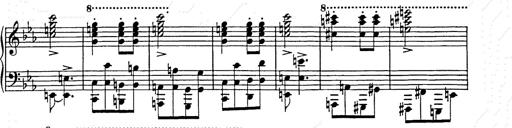
Title: Hungarian Rhapsody No.9
Composer: Franz Liszt
Key: E-flat major